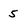
Character: 5